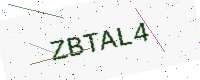
Text: ZBTAL4